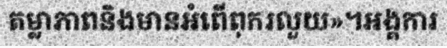
តម្លាភាពនិងមានអំពើពុករលួយ»។អង្គការ